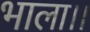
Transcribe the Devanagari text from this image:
भाला।।